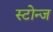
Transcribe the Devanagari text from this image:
स्टोन्ज